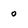
Character: o